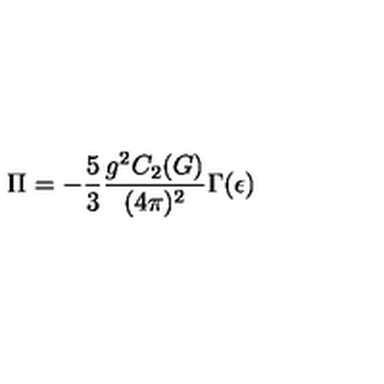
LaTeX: \Pi = - \frac { 5 } { 3 } \frac { g ^ { 2 } C _ { 2 } ( G ) } { ( 4 \pi ) ^ { 2 } } \Gamma ( \epsilon )